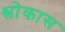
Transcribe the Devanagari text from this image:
श्लोकास